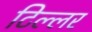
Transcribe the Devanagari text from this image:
टिल्लर